Annual report of the Punjab Veterinary College and of the Civil Veterinary Department, Punjab - 1920-1925
Year: 1920
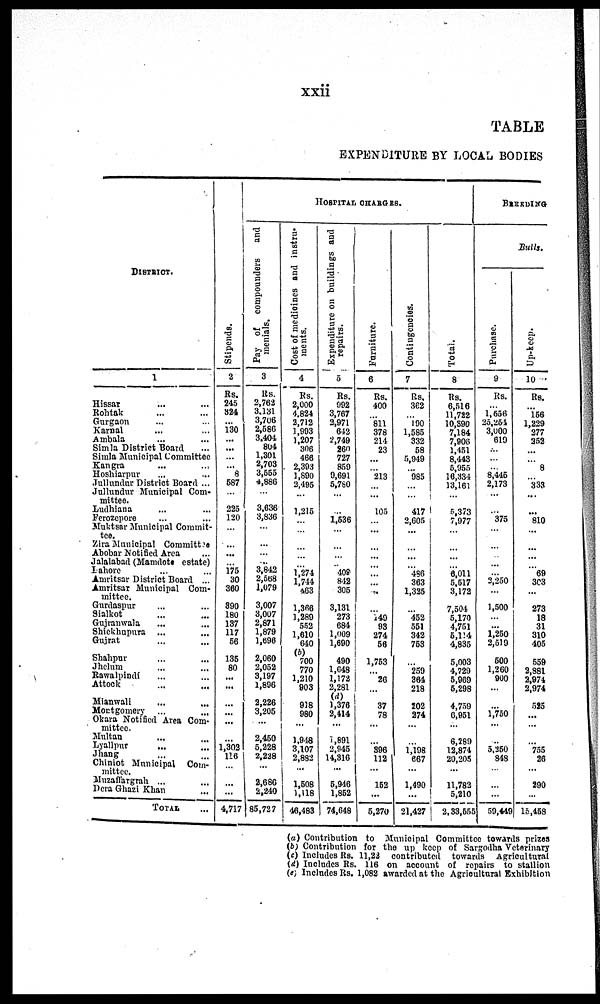
xxii
TABLE
EXPENDITURE BY LOCAL BODIES
DISTRICT.
1
Hissar ... ...
Rohtak ... ...
Gurgaon ... ...
Karnal ... ...
Ambala ... ...
Simla District Board ...
Simla Municipal Committee
Kangra ... ...
Hoshiarpur ... ...
Jullundur District Board ...
Jullundur Municipal Com-
mittee.
Ludhiana ... ...
Ferozepore ... ...
Muktsar Municipal Commit-
tee.
Zira Municipal Committee
Abobar Notified Area ...
Jalalabad (Mamdote estate)
Lahore ... ...
Amritsar District Board ...
Amritsar Municipal Com-
mittee.
Gurdaspur ... ...
Sialkot ... ...
Gujranwala ... ...
Shickhupura
... ...
Gujrat ... ...
Shahpur ... ...
Jhelum ... ...
Rawalpindi ... ...
Attock
...
...
Mianwali ... ...
Montgomery
...
...
Okara Notified Area Com-
mittee.
Multan ... ...
Lyallpur ... ...
Jhang ... ...
Chiniot Municipal
Com-
mittee.
Muzaffargrah ... ...
Dera Ghazi Khan ...
TOTAL ...
Stipends.
2
Rs.
245
324
... 130
...
...
...
...
8
687
...
225
120
...
...
...
...
175
30
360
890
180
137
117
56
135
80
...
...
...
...
...
...
1,302
126
...
...
...
4,717
HOSPITAL CHARGES.
Pay of compounders and
menials.
3
Rs.
2,763
3,131
3,706
2,586
3,404
804
1,301
2,703
3,555
4,886
...
3,636
3,836
...
...
...
...
3,842
2,568
1,079
3,007
3,007
2,871
1,879
1,696
2,060
2,052
3,197
1,896
2,226
3,205
...
2,450
5,228
2,228
...
2,680
2,240
85,727
Cost of medicines and instru-
ments.
4
Rs.
2,000
4,824
3,712
1,993
1,207
306
466
2,393
1,890
2,495
...
1,215
...
...
...
...
...
1,274
1,744
463
1,366
1,280
552
1,610
640
(b)
700
770
1,210
903
918
980
...
1,948
3,107
2,882
...
1,508
1,118
46,483
Expenditure on buildings and
repairs.
5
Rs.
992
3,767
3,971
642
2,749
260
727
859
9,691
5,780
...
...
1,536
...
...
...
...
408
842
305
3,131
273
684
1,009
1,690
490
1,048
1,172
2,281
(d)
1,376
2,414
...
1,891
2,945
14,316
...
5,946
1,852
74,648
Furniture.
6
Rs.
400
...
811 378
214
23
...
...
213
...
...
105
...
...
...
...
...
...
...
...
...
149
93
274
56
1,753
...
26
...
37
78
...
...
396
112
...
152
...
5,270
Contingencies.
7
Rs.
362
...
190
1,585
332
58
5,949
...
985
...
...
417
2,605
...
...
...
...
486
363
1,325
...
452
551
342
753
...
259
364
218
202
274
...
...
1,198
667
...
1,490
...
21,427
Total.
8
Rs.
6,516
11,722
10,890
7,184
7,906
1,451
8,443
5,955
16,334
13,161
...
5,373
7,977
...
...
...
...
6,011
5,517
3,172
7,504
5,170
4,751
5,114
4,835
5,003
4,729
5,969
5,298
4,759
6,951
...
6,289
12,874
20,205
...
11,782
5,210
2,33,555
BREEDING
Bulls.
Purchase.
9
Rs.
... 1,658
25,264
3,000
619
...
...
...
8,445
2,173
...
...
375
...
...
...
...
...
3,250
...
1,500
...
...
1,250
2,519
500
1,260
900
...
...
1,750
...
...
3,350
848
...
...
...
59,449
Up-keep.
10
Rs.
... 156
1,229
277
252
...
...
8
...
333
...
...
810
...
...
...
...
69
303
...
273
18
31
310
405
559
3,881
2,974
2,974
525
...
...
...
755
26
...
290
...
15,458
(a) Contribution to Municipal Committee towards prizes
(b) Contribution for the up keep of Sargodha Veterinary
(c) Includes Rs. 11,22 contributed towards Agricultural
(d) Includes Rs. 116 on account of repairs to stallion
(e) Includes Rs. 1,082 awarded at the Agricultural Exhibition